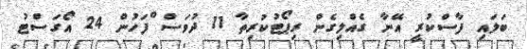
ބަލައި ފާސްކުރީ އޭނާ ގެއްލިގެން ރިޕޯޓުކުރިތާ 11 ދުވަސް ްފަހުން 24 އޯގަސްޓު